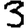
Digit: 3